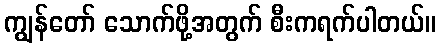
ကျွန်တော် သောက်ဖို့အတွက် စီးကရက်ပါတယ်။